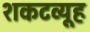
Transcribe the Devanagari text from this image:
शकटव्यूह